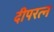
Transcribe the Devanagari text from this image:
दीपरत्न